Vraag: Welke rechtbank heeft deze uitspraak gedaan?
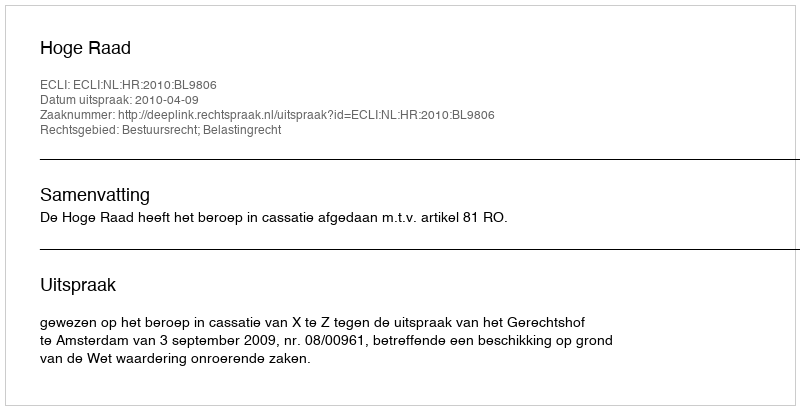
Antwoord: Hoge Raad